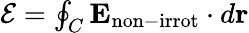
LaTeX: \begin{array}{r}{{\cal E}=\oint_{C}{\mathbf E}_{\mathrm{non-irrot}}\cdot d{\mathbf r}}\end{array}